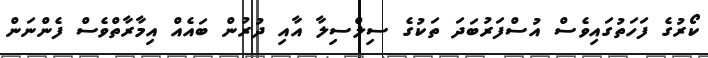
ކޯރުގެ ފަހަތުގައިވެސް އުސްފަރުބަދަ ތަކުގެ ސިލްސިލާ އާއި ދުރުން ބައެއް އިމާރާތްވެސް ފެންނަން